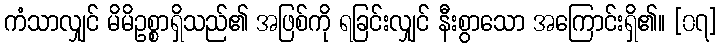
ကံသာလျှင် မိမိဥစ္စာရှိသည်၏ အဖြစ်ကို ရခြင်းလျှင် နီးစွာသော အကြောင်းရှိ၏။ [၀၇]